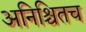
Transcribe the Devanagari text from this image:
अनिश्चितच